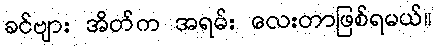
ခင်ဗျား အိတ်က အရမ်း လေးတာဖြစ်ရမယ်။